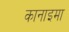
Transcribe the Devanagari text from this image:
कानाइमा